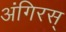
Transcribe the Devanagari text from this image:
अंगिरस्‌